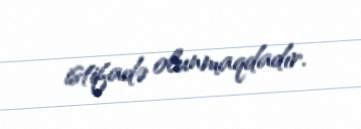
istifadə olunmaqdadır.